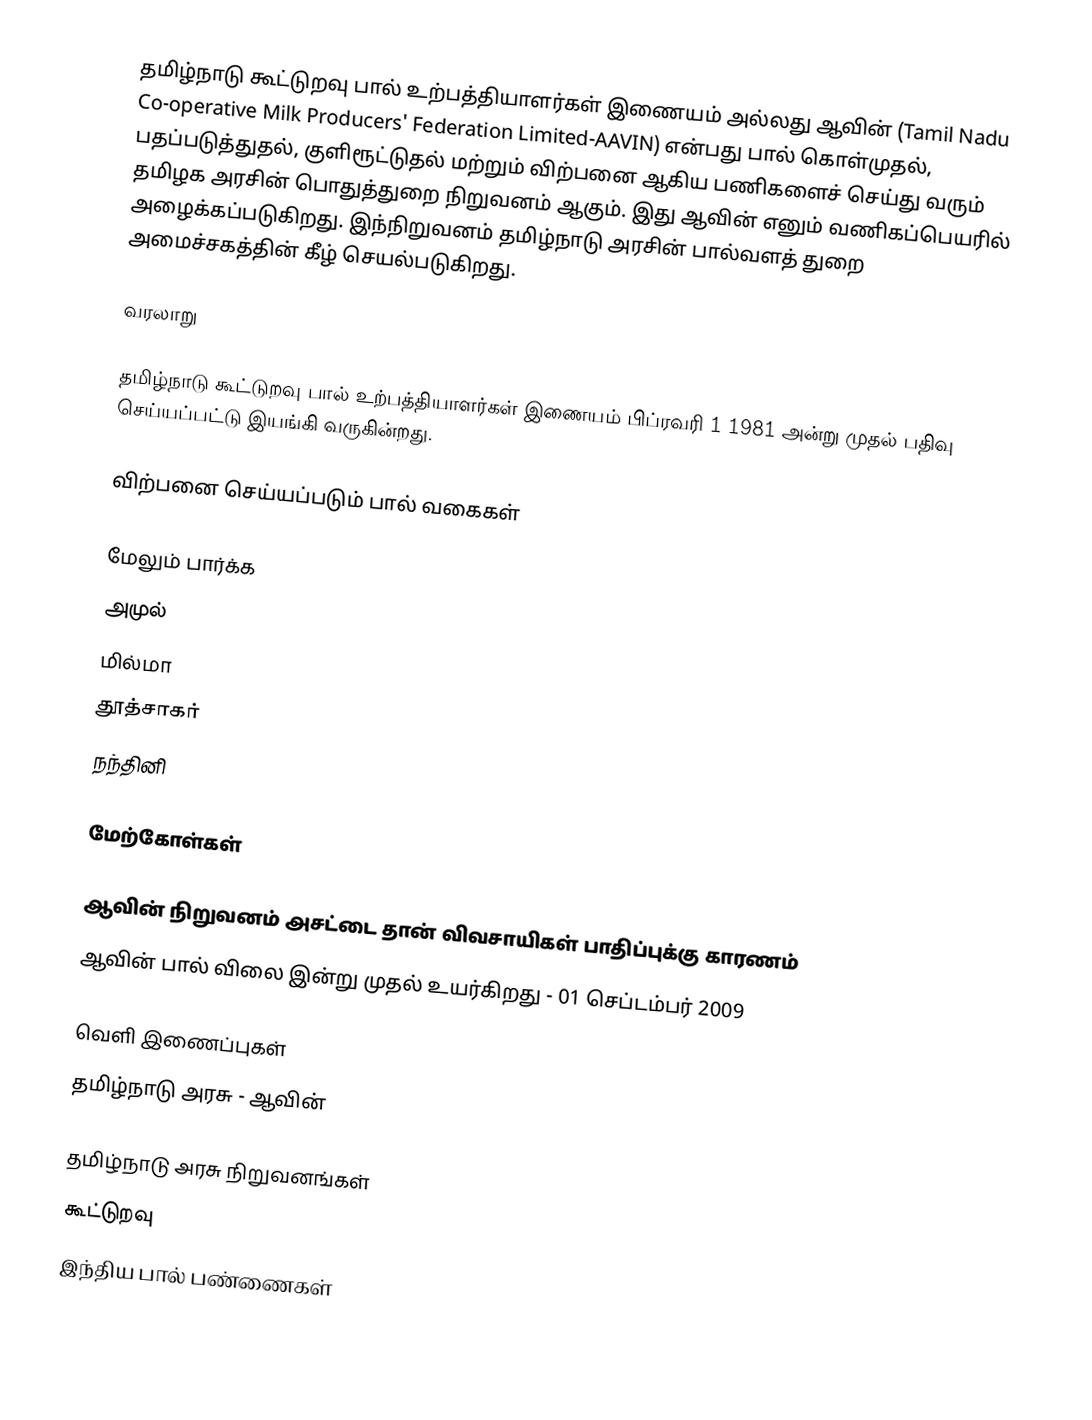
தமிழ்நாடு கூட்டுறவு பால் உற்பத்தியாளர்கள் இணையம் அல்லது  ஆவின் (Tamil Nadu Co-operative Milk Producers' Federation Limited-AAVIN) என்பது பால் கொள்முதல், பதப்படுத்துதல், குளிரூட்டுதல் மற்றும் விற்பனை ஆகிய பணிகளைச் செய்து வரும் தமிழக அரசின் பொதுத்துறை நிறுவனம் ஆகும். இது ஆவின் எனும் வணிகப்பெயரில் அழைக்கப்படுகிறது. இந்நிறுவனம் தமிழ்நாடு அரசின் பால்வளத் துறை அமைச்சகத்தின் கீழ் செயல்படுகிறது.

வரலாறு

தமிழ்நாடு கூட்டுறவு பால் உற்பத்தியாளர்கள் இணையம் பிப்ரவரி 1 1981 அன்று முதல் பதிவு செய்யப்பட்டு இயங்கி வருகின்றது.

விற்பனை செய்யப்படும் பால் வகைகள்

மேலும் பார்க்க
 அமுல்
 மில்மா
 தூத்சாகர்
 நந்தினி

மேற்கோள்கள்

 ஆவின் நிறுவனம் அசட்டை தான் விவசாயிகள் பாதிப்புக்கு காரணம்
 ஆவின் பால் விலை இன்று முதல் உயர்கிறது - 01 செப்டம்பர்  2009

வெளி இணைப்புகள்
  தமிழ்நாடு அரசு - ஆவின்

தமிழ்நாடு அரசு நிறுவனங்கள்
கூட்டுறவு
இந்திய பால் பண்ணைகள்